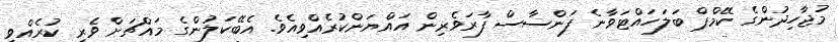
މުޖާހިދުންގެ ކޭމްޕް ބަލަހައްޓަވާނެ ފަންސާސް ފާރަވެރިން އައްޔަންކުރެއްވިއެވެ. އެބޭކަލުންގެ މައްޗަށް ވެރި ކުރެއްވީ